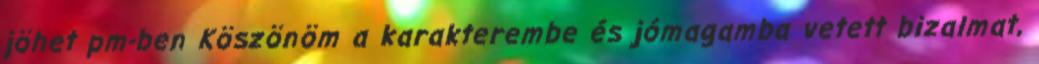
jöhet pm-ben Köszönöm a karakterembe és jómagamba vetett bizalmat,